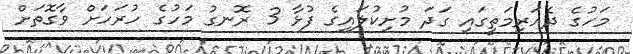
މަހުގެ ދެއަރިމަތީގައި ގަދަ މުށިކުލައިގެ ފުޅާ 3 ރޮނގު މަހުގެ ހުރަހަށް ވާގޮތަށް